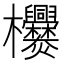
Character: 𣡿